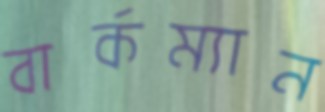
বার্কম্যান